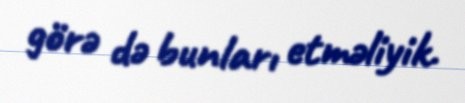
görə də bunları etməliyik.